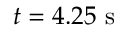
t = 4 . 2 5 ~ \mathrm { s }